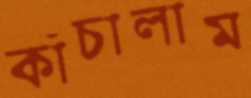
কাঁচালাম